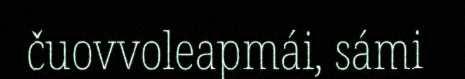
čuovvoleapmái, sámi